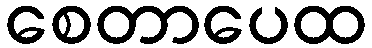
စေတာပေထ